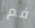
فم